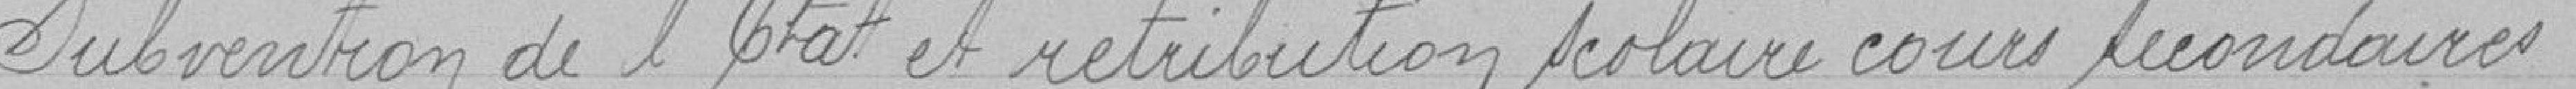
Subvention de l'Etat et rétribution scolaire cours secondaires